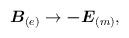
LaTeX: \begin{align*}\mbox{\boldmath $B$}_{(e)}\rightarrow \mbox{\boldmath $-E$}_{(m)},\end{align*}